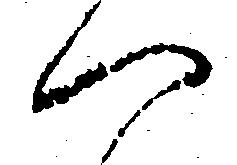
へ